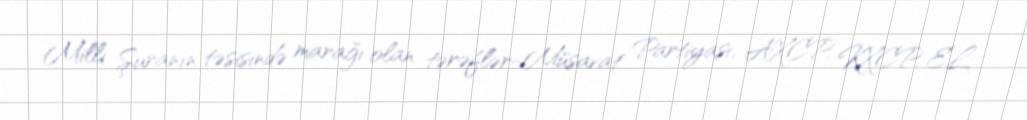
Milli Şuranın təsisində marağı olan tərəflər-Müsavat Partiyası, AXCP, KXCP, EL